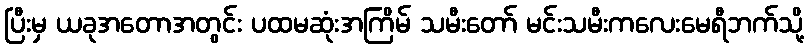
ပြီးမှ ယခုအတောအတွင်း ပထမဆုံးအကြိမ် သမီးတော် မင်းသမီးကလေးမေရီဘက်သို့